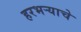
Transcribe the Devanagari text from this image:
हरभर्‍याचे